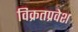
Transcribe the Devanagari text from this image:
विक्रतप्रवेश